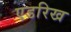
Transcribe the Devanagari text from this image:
एडरिख